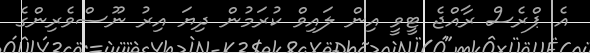
އެ ޕްރެސް ރާއްޖެ ޓީވީ އިން ލައިވް ކުރަމުން ދިޔަ އިރު ނޫސްވެރިންގެ